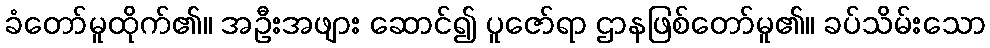
ခံတော်မူထိုက်၏။ အဦးအဖျား ဆောင်၍ ပူဇော်ရာ ဌာနဖြစ်တော်မူ၏။ ခပ်သိမ်းသော